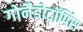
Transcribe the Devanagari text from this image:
गोनैडोट्रॉपिंस